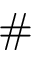
\#